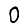
Digit: 0